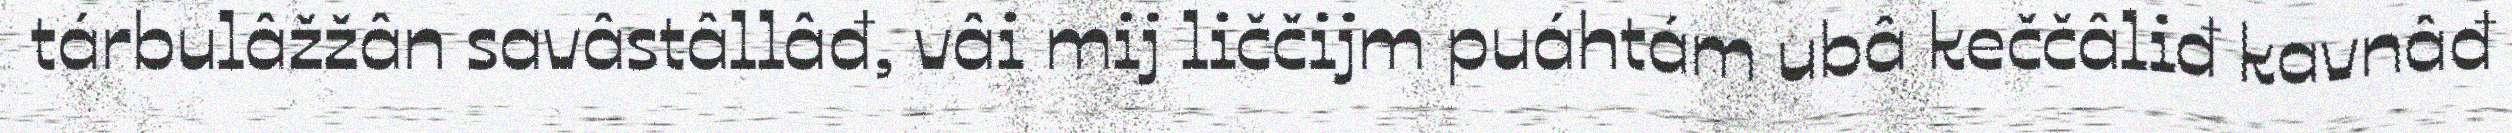
tárbulâžžân savâstâllâđ, vâi mij liččijm puáhtám ubâ keččâliđ kavnâđ